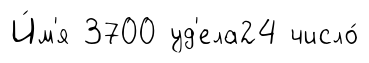
И́м'я 3700 уд'ела24 число́